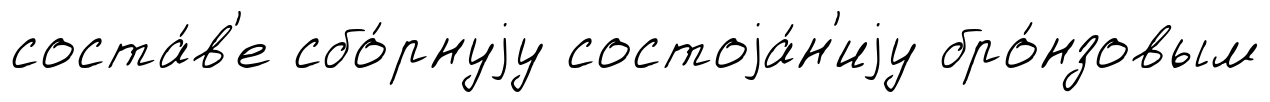
соста́в'е сбо́рнуjу состоjа́н'иjу бро́нзовым